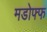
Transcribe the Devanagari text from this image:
मडोफ्फ